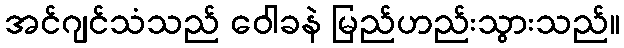
အင်ဂျင်သံသည် ဝေါခနဲ မြည်ဟည်းသွားသည်။